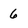
Character: 6